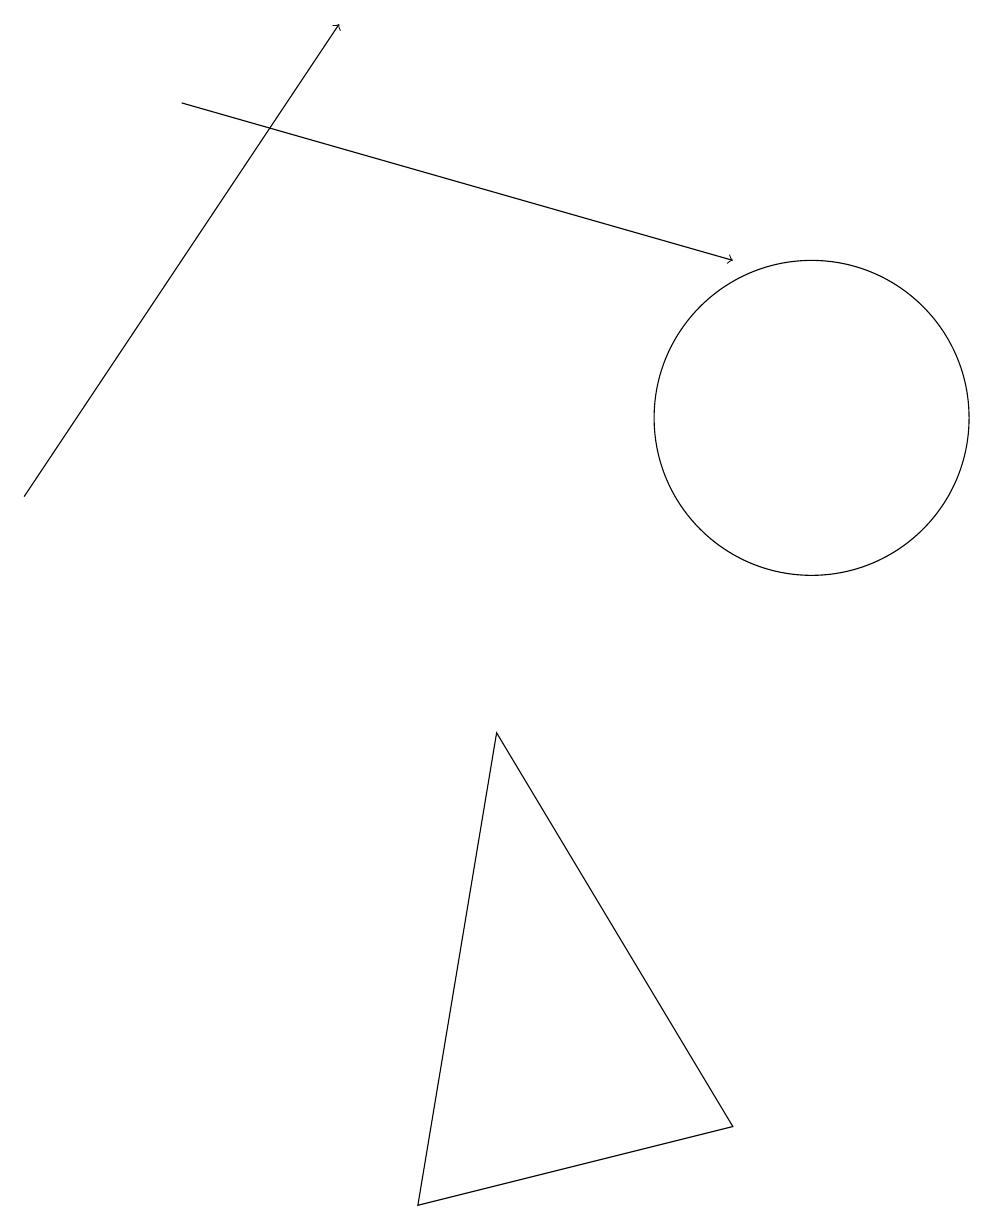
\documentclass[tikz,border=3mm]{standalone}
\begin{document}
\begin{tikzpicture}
\draw (10,12) circle (2);
\draw (5,2) -- (9,3) -- (6,8) -- cycle;
\draw[->] (0,11) -- (4,17);
\draw[->] (2,16) -- (9,14);
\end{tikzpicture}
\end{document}